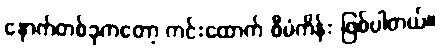
နောက်တစ်ခုကတော့ ကင်းထောက် စီမံကိန်း ဖြစ်ပါတယ်။